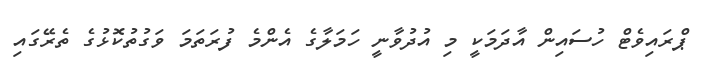
ޕްރައިވެޓް ހުސައިން އާދަމަކީ މި އުދުވާނީ ހަމަލާގެ އެންމެ ފުރަތަމަ ވަގުތުކޮޅުގެ ތެރޭގައި